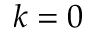
k = 0